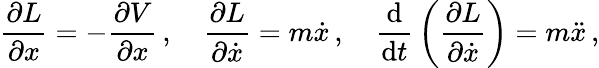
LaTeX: {\frac{\partial L}{\partial x}}=-{\frac{\partial V}{\partial x}}\, ,\quad{\frac{\partial L}{\partial{\dot{x}}}}=m{\dot{x}}\, ,\quad{\frac{\mathrm{d}}{\mathrm{d}t}}\left({\frac{\partial L}{\partial{\dot{x}}}}\right)=m{\ddot{x}}\, ,